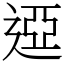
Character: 䢝